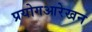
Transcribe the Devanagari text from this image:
प्रयोगआरेखन